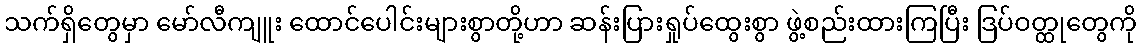
သက်ရှိတွေမှာ မော်လီကျူး ထောင်ပေါင်းများစွာတို့ဟာ ဆန်းပြားရှုပ်ထွေးစွာ ဖွဲ့စည်းထားကြပြီး ဒြပ်ဝတ္ထုတွေကို